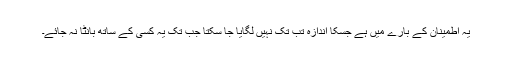
یہ اطمینان کے بارے میں ہے جسکا اندازہ تب تک نہیں لگایا جا سکتا جب تک یہ کسی کے ساتھ بانٹا نہ جائے۔